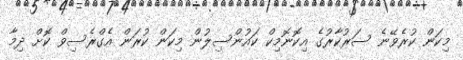
މިކަން ކުރެވޭނެ ސަރުކާރުގެ އިކޮނޮމިކް ކައުންސިލުން މިކަން ކުރަން އެގްރެސިވް ކޮށް ދިމާ